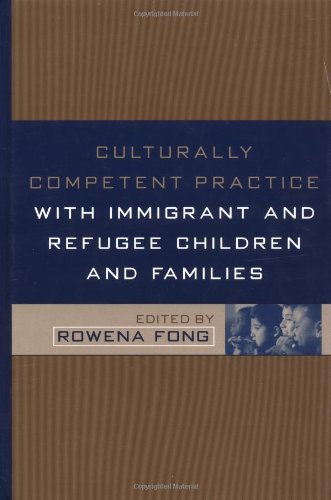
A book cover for Culturally Competent Practice with Immigrant and Refugee Children and Families (Social Work Practice with Children and Families); Medical Books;